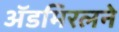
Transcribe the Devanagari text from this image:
ॲडमिरलने